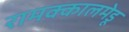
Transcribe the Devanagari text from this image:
रामक्कालमेडू